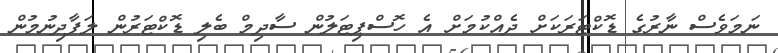
ނަމަވެސް ނާރުގެ ޑޮކްޓަރަކަށް ދެއްކުމަށް އެ ހޮސްޕިޓަލުން ސާދިމް ބެލި ޑޮކްޓަރުން ލަފާދިނުމުން